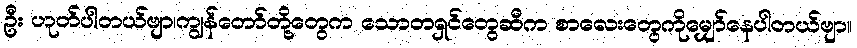
ဦး ဟုတ်ပါတယ်ဗျာ၊ကျွန်တော်တို့တွေက သောတရှင်တွေဆီက စာလေးတွေကိုမျှော်နေပါတယ်ဗျာ။